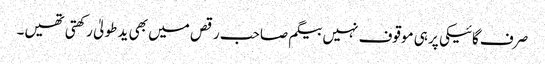
صرف گائیکی پر ہی موقوف نہیں بیگم صاحب رقص میں بھی ید طولیٰ رکھتی تھیں۔